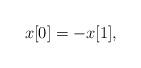
LaTeX: \begin{align*}x[0]=-x[1], \end{align*}